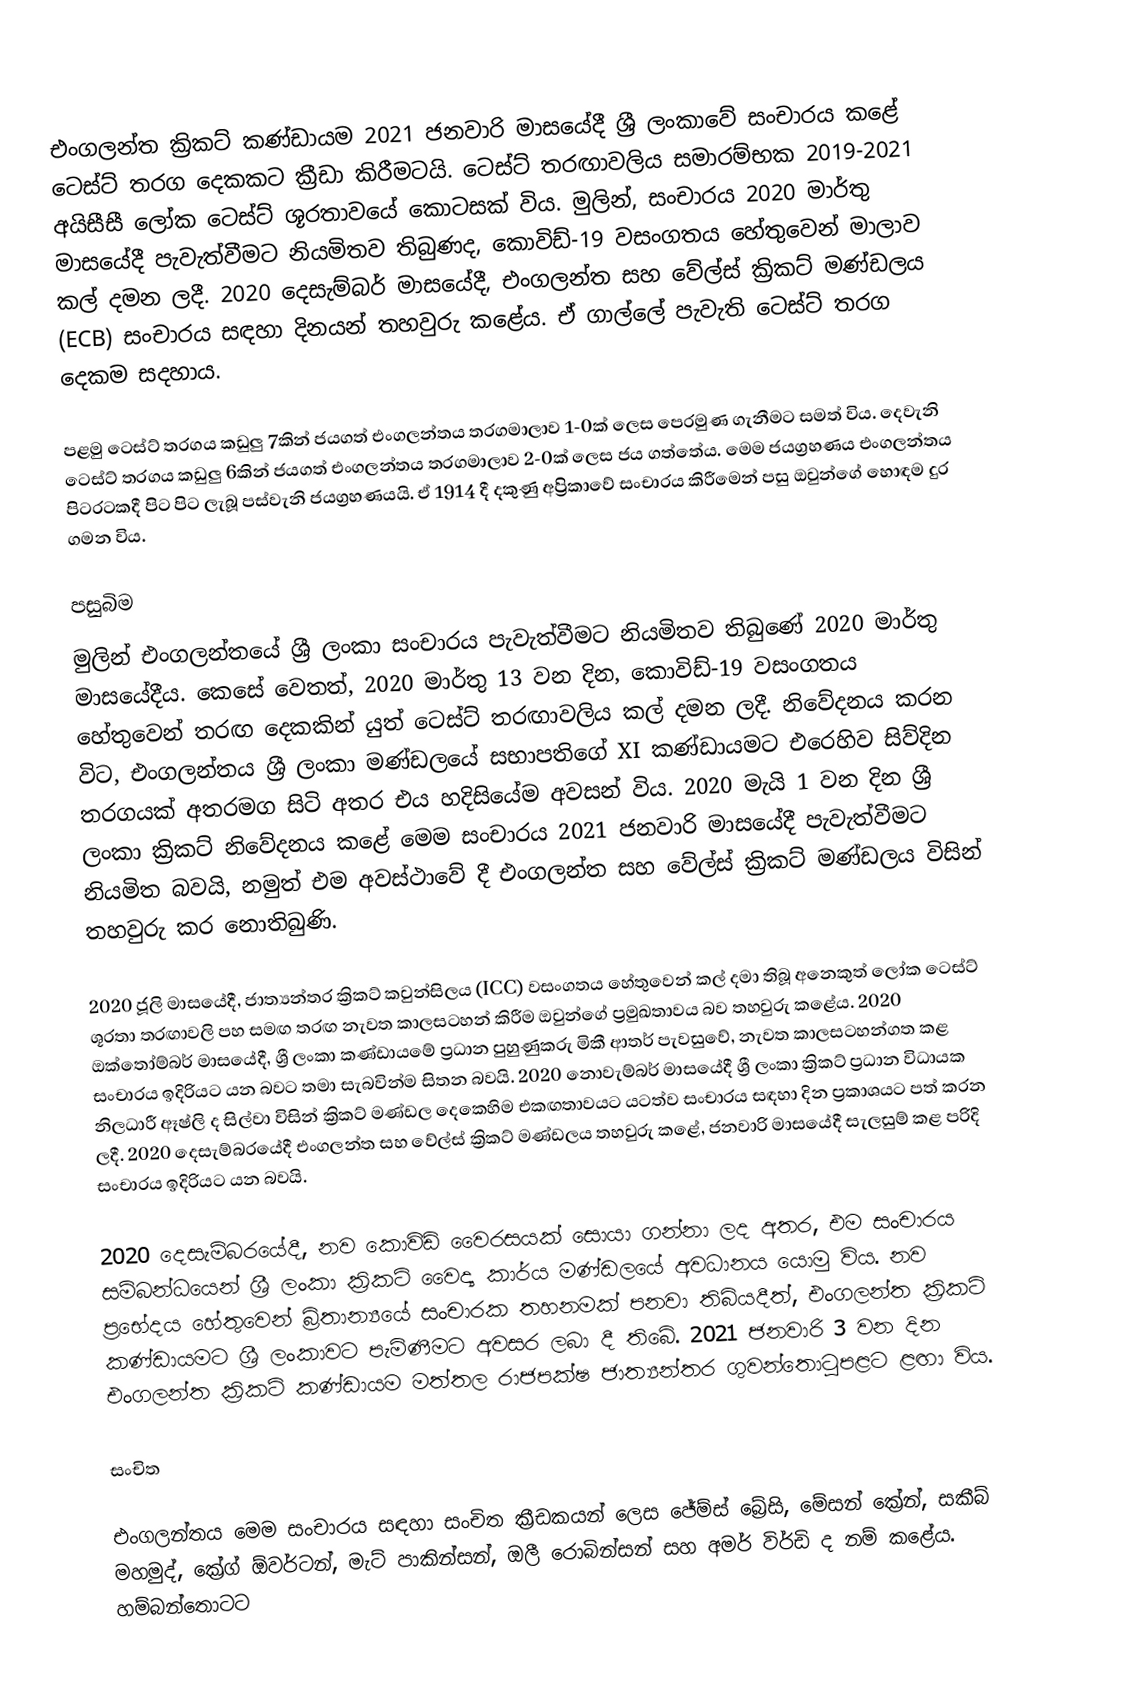
එංගලන්ත ක්‍රිකට් කණ්ඩායම 2021 ජනවාරි මාසයේදී ශ්‍රී ලංකාවේ සංචාරය කළේ ටෙස්ට් තරග දෙකකට ක්‍රීඩා කිරීමටයි. ටෙස්ට් තරඟාවලිය සමාරම්භක 2019-2021 අයිසීසී ලෝක ටෙස්ට් ශූරතාවයේ කොටසක් විය. මුලින්, සංචාරය 2020 මාර්තු මාසයේදී පැවැත්වීමට නියමිතව තිබුණද, කොවිඩ්-19 වසංගතය හේතුවෙන් මාලාව කල් දමන ලදී. 2020 දෙසැම්බර් මාසයේදී, එංගලන්ත සහ වේල්ස් ක්‍රිකට් මණ්ඩලය (ECB) සංචාරය සඳහා දිනයන් තහවුරු කළේය. ඒ ගාල්ලේ පැවැති ටෙස්ට් තරග දෙකම සදහාය.

පළමු ටෙස්ට් තරගය කඩුලු 7කින් ජයගත් එංගලන්තය තරගමාලාව 1-0ක් ලෙස පෙරමුණ ගැනීමට සමත් විය. දෙවැනි ටෙස්ට් තරගය කඩුලු 6කින් ජයගත් එංගලන්තය තරගමාලාව 2-0ක් ලෙස ජය ගත්තේය. මෙම ජයග්‍රහණය එංගලන්තය පිටරටකදී පිට පිට ලැබූ පස්වැනි ජයග්‍රහණයයි. ඒ 1914 දී දකුණු අප්‍රිකාවේ සංචාරය කිරීමෙන් පසු ඔවුන්ගේ හොඳම දුර ගමන විය.

පසුබිම
මුලින් එංගලන්තයේ ශ්‍රී ලංකා සංචාරය පැවැත්වීමට නියමිතව තිබුණේ 2020 මාර්තු මාසයේදීය. කෙසේ වෙතත්, 2020 මාර්තු 13 වන දින, කොවිඩ්-19 වසංගතය හේතුවෙන් තරඟ දෙකකින් යුත් ටෙස්ට් තරඟාවලිය කල් දමන ලදී. නිවේදනය කරන විට, එංගලන්තය ශ්‍රී ලංකා මණ්ඩලයේ සභාපතිගේ XI කණ්ඩායමට එරෙහිව සිව්දින තරගයක් අතරමග සිටි අතර එය හදිසියේම අවසන් විය. 2020 මැයි 1 වන දින ශ්‍රී ලංකා ක්‍රිකට් නිවේදනය කළේ මෙම සංචාරය 2021 ජනවාරි මාසයේදී පැවැත්වීමට නියමිත බවයි, නමුත් එම අවස්ථාවේ දී එංගලන්ත සහ වේල්ස් ක්‍රිකට් මණ්ඩලය විසින් තහවුරු කර නොතිබුණි.

2020 ජූලි මාසයේදී, ජාත්‍යන්තර ක්‍රිකට් කවුන්සිලය (ICC) වසංගතය හේතුවෙන් කල් දමා තිබූ අනෙකුත් ලෝක ටෙස්ට් ශූරතා තරඟාවලි පහ සමඟ තරඟ නැවත කාලසටහන් කිරීම ඔවුන්ගේ ප්‍රමුඛතාවය බව තහවුරු කළේය. 2020 ඔක්තෝම්බර් මාසයේදී, ශ්‍රී ලංකා කණ්ඩායමේ ප්‍රධාන පුහුණුකරු මිකී ආතර් පැවසුවේ, නැවත කාලසටහන්ගත කළ සංචාරය ඉදිරියට යන බවට තමා සැබවින්ම සිතන බවයි. 2020 නොවැම්බර් මාසයේදී ශ්‍රී ලංකා ක්‍රිකට් ප්‍රධාන විධායක නිලධාරී ඈෂ්ලි ද සිල්වා විසින් ක්‍රිකට් මණ්ඩල දෙකෙහිම එකඟතාවයට යටත්ව සංචාරය සඳහා දින ප්‍රකාශයට පත් කරන ලදී. 2020 දෙසැම්බරයේදී එංගලන්ත සහ වේල්ස් ක්‍රිකට් මණ්ඩලය තහවුරු කළේ, ජනවාරි මාසයේදී සැලසුම් කළ පරිදි සංචාරය ඉදිරියට යන බවයි.

2020 දෙසැම්බරයේදී, නව කොවිඩ් වෛරසයක් සොයා ගන්නා ලද අතර, එම සංචාරය සම්බන්ධයෙන් ශ්‍රී ලංකා ක්‍රිකට් වෛද්‍ය කාර්ය මණ්ඩලයේ අවධානය යොමු විය. නව ප්‍රභේදය හේතුවෙන් බ්‍රිතාන්‍යයේ සංචාරක තහනමක් පනවා තිබියදීත්, එංගලන්ත ක්‍රිකට් කණ්ඩායමට ශ්‍රී ලංකාවට පැමිණීමට අවසර ලබා දී තිබේ. 2021 ජනවාරි 3 වන දින එංගලන්ත ක්‍රිකට් කණ්ඩායම මත්තල රාජපක්ෂ ජාත්‍යන්තර ගුවන්තොටුපළට ළඟා විය.

සංචිත

එංගලන්තය මෙම සංචාරය සඳහා සංචිත ක්‍රීඩකයන් ලෙස ජේම්ස් බ්‍රේසි, මේසන් ක්‍රේන්, සකීබ් මහමුද්, ක්‍රේග් ඕවර්ටන්, මැට් පාකින්සන්, ඔලී රොබින්සන් සහ අමර් විර්ඩි ද නම් කළේය. හම්බන්තොටට